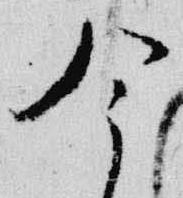
今